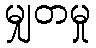
မျှတမှု